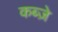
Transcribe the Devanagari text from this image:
कब्‍ज़े